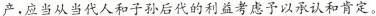
产，应当从当代人和子孙后代的利益考虑予以承认和肯定。